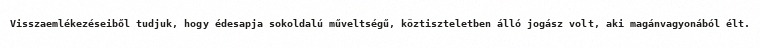
Visszaemlékezéseiből tudjuk, hogy édesapja sokoldalú műveltségű, köztiszteletben álló jogász volt, aki magánvagyonából élt.